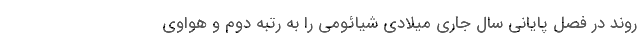
روند در فصل پایانی سال جاری میلادی شیائومی را به رتبه دوم و هواوی